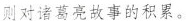
则对诸葛亮故事的积累。